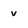
Character: v